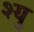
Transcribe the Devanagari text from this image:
श्यु